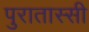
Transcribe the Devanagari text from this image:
पुरातास्सी